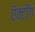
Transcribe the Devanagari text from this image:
ऍक्टींग